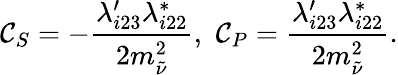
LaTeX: \mathcal{C}_{S}=-{\frac{{\lambda_{i23}^{\prime}\lambda_{i22}^{*}}}{{2m_{\tilde{{\nu}}}^{2}}}},\, \, \mathcal{C}_{P}={\frac{{\lambda_{i23}^{\prime}\lambda_{i22}^{*}}}{{2m_{\tilde{{\nu}}}^{2}}}}.